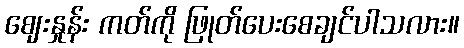
ဈေးနှုန်း ကတ်ကို ဖြုတ်ပေးစေချင်ပါသလား။